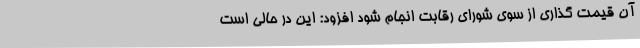
آن قیمت گذاری از سوی شورای رقابت انجام شود افزود: این در حالی است